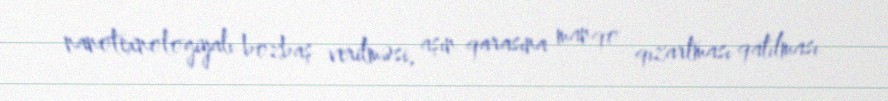
nanotexnologiyalı bozbaş verilməsi, aşın qarasına manqo qızartması qatılması